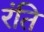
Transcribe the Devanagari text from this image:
रंति